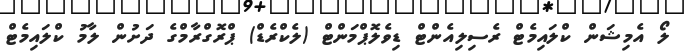
ލޯ އެމިޝަން ކްލައިމެޓް ރެސިލިއެންޓް ޑިވެލޮޕްމަންޓް (ލެކްރެޑް) ޕްރޮގްރާމްގެ ދަށުން ލާމު ކްލައިމެޓް